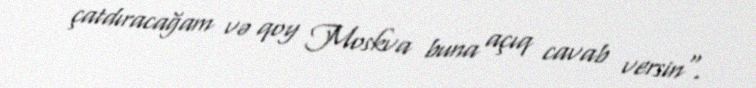
çatdıracağam və qoy Moskva buna açıq cavab versin".